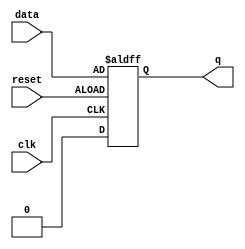
module edge_triggered_latch (
    input wire clk,         // Clock signal
    input wire reset,       // Reset signal
    input wire data,        // Input data signal
    output reg q            // Output data signal
);

always @(posedge clk or negedge reset) begin
    if (reset) begin
        q <= 1'b0;          // Reset the latch to low
    end else begin
        q <= data;          // Capture the input data on the clock edge
    end
end

endmodule